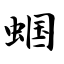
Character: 蝈